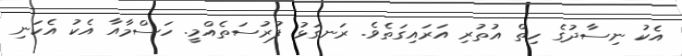
އެކު ނިސާދުގެ ހިތް އުތުރި އަރައިގަތެވެ. ރަނގަޅު ފުރުސަތެއްމީ. ހަސްމާއާ އެކު އެކަނި